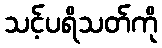
သင့်ပရိသတ်ကို